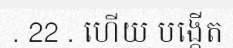
. 22 . ហើយ បង្កើត